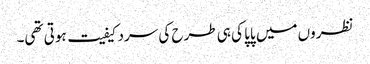
نظروں میں پاپا کی ہی طرح کی سردکیفیت ہوتی تھی۔